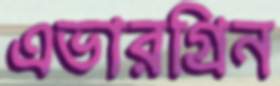
এভারগ্রিন